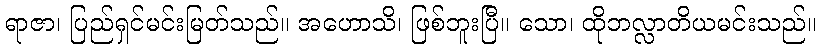
ရာဇာ၊ ပြည်ရှင်မင်းမြတ်သည်။ အဟောသိ၊ ဖြစ်ဘူးပြီ။ သော၊ ထိုဘလ္လာတိယမင်းသည်။